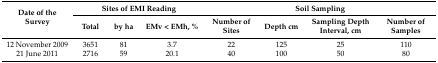
<table><thead><tr><td rowspan="2"><b>Date of the Survey</b></td><td colspan="3"><b>Sites of EMI Reading</b></td><td colspan="4"><b>Soil Sampling</b></td></tr><tr><td><b>Total</b></td><td><b>by ha</b></td><td><b>EMv &lt; EMh, %</b></td><td><b>Number of Sites</b></td><td><b>Depth cm</b></td><td><b>Sampling Depth Interval, cm</b></td><td><b>Number of Samples</b></td></tr></thead><tbody><tr><td>12 November 2009</td><td>3651</td><td>81</td><td>3.7</td><td>22</td><td>125</td><td>25</td><td>110</td></tr><tr><td>21 June 2011</td><td>2716</td><td>59</td><td>20.1</td><td>40</td><td>100</td><td>50</td><td>80</td></tr></tbody></table>